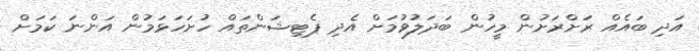
އަދި ބައެއް ރަށްރަށުން މީހުން ބަދަލުވުމަށް އެދި ޕެޓިޝަންތައް ހުށަހަޅަމުން އަންނަ ކަމަށް